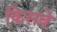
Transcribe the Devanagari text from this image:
किसवे